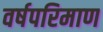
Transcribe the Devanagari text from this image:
वर्षपरिमाण